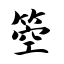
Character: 箜